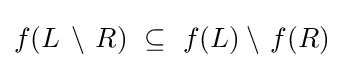
f(L\,\setminus \,R)~\subseteq ~f(L)\setminus \,f(R)